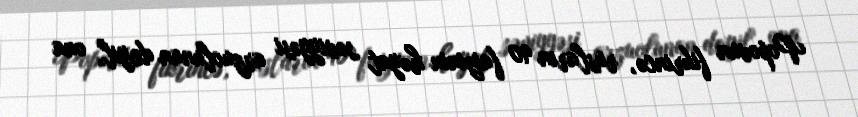
Popovun fikrincə, rusların 90 faizinin həyat səviyyəsi arzuolunan deyil, ona